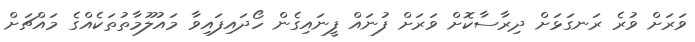
ވަރަށް ވުރެ ރަނގަޅަށް ދިރާސާކޮށް ވަރަށް ފުނައް ފީނައިގެން ހޯދައިފައިވާ މައުލޫމާތުތަކެއްގެ މައްޗަށް